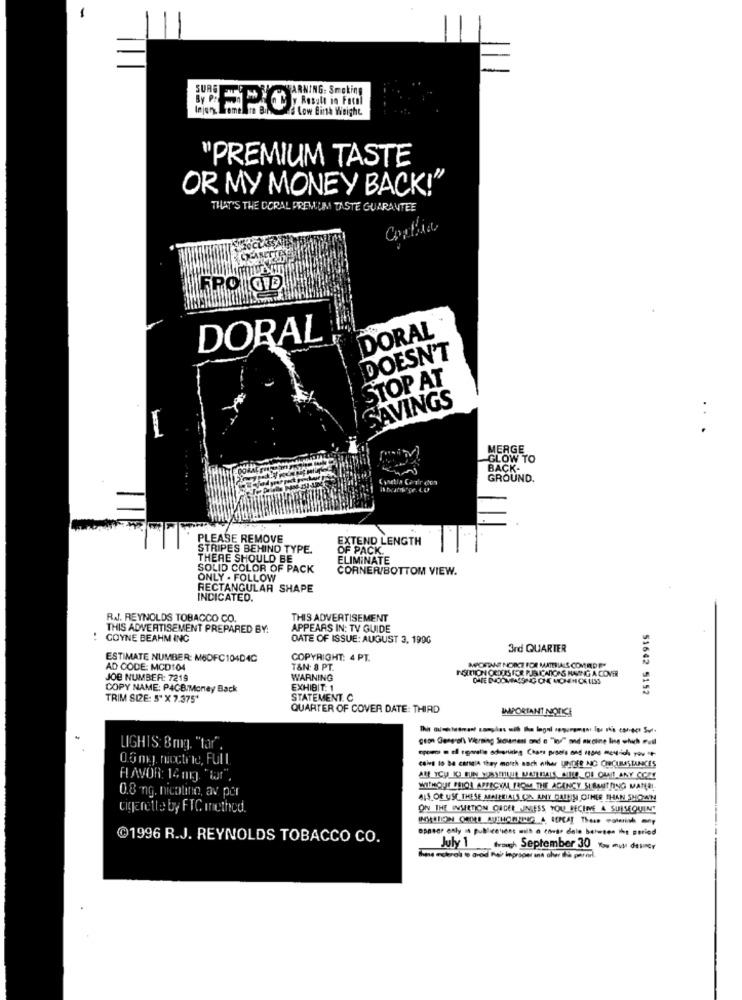
WARNING: Smoking
SURE
y Result in Facal
Low Birth Weight
"PREMIUM TASTE
OR MY MONEY BACK!"
THAT'S THE CORAL PREMIUM TASTE GUARANTEE
FPO OD
DORAL
DORAL
DOESN'T
STOP AT
SAVINGS
...
MERGE
GLOW TO
BACK-
GROUND.
PLEASE REMOVE
EXTEND LENGTH
STRIPES BEHIND TYPE.
OF PACK.
THERE SHOULD BE
ELIMINATE
SOLID COLOR OF PACK
CORNER/BOTTOM VIEW.
ONLY . FOLLOW
RECTANGULAR SHAPE
INDICATED.
RAJ. REYNOLDS TOBACCO CO.
THIS ADVERTISEMENT
THIS ADVERTISEMENT PREPARED BY:
APPEARS IN: TV GUIDE
COYNE BEAHM INC
DATE OF ISSUE: AUGUST 3, 199G
3rd QUARTER
ESTIMATE NUMBER: M6OFC104D4C
COPYRIGHT: 4 PT.
AD CODE: MCD104
T&N. 8 PT.
INGURION CEDERS FOR PUB.CANOAS HAVING A CONE
MICHFIANT NOIKT FOR MATERIALS COMMEDES
JOB NUMBER: 7219
WARNING
COPY NAME: P4GB/Money Back
EXHIBIT: 1
51642 5152
TRIM SIZE: 5" X 7.375'
STATEMENT. C
QUARTER OF COVER DATE: THIRD
IMPORTANT NOTICE
geon General\ Vierning Soument and e "In" and nicotine ling which Pull
LIGHIS: Bmg. "tar".
0.5 mg. roctre, Full
coins lo ba canais they morth auch ather UNDER NO CeCULSTANCES
FAVOR: 14 mg 'war",
0.8 ng. nicotino, av por
WITHOUT PRIOR APPRCHAL FROM THE AGENCY SI BAUTHING MATERI-
ALS Of USE THESE MAINEIALS CON AMY DAIEIN OTHER THAN SHOWN
Cigarette by FTC method.
ON THE INSERTION QUCEE INLESS YOU RECHNE A SUBSEQUENT
spacer only a publicowens with a comer dole between the seried
@1996 R.J. REYNOLDS TOBACCO CO.
July 1 through September 30 w my desmor